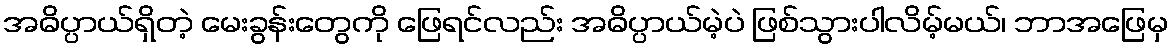
အဓိပ္ပာယ်ရှိတဲ့ မေးခွန်းတွေကို ဖြေရင်လည်း အဓိပ္ပာယ်မဲ့ပဲ ဖြစ်သွားပါလိမ့်မယ်၊ ဘာအဖြေမှ